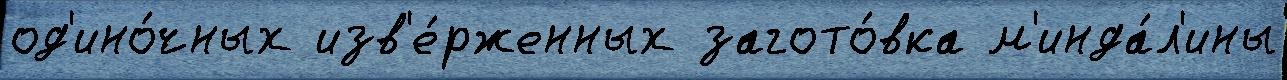
од'ино́чных изв'е́рженных загото́вка м'инда́л'ины